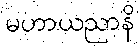
မဟာယညာနိ